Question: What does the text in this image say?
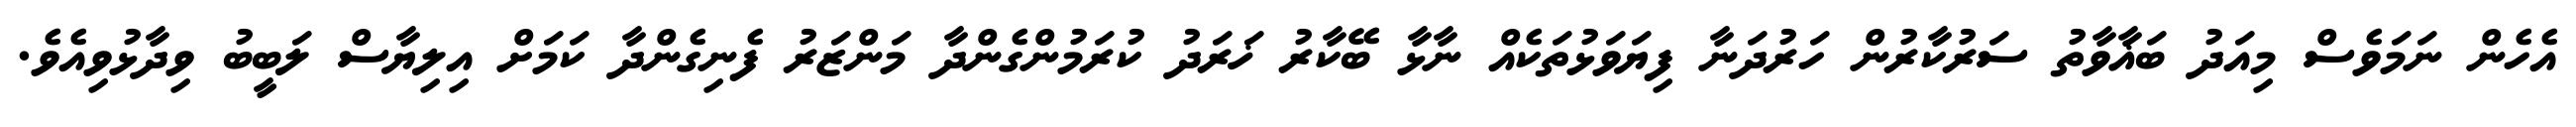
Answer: އެހެން ނަމަވެސް މިއަދު ބަޣާވާތު ސަރުކާރުން ހަރުދަނާ ފިޔަވަޅުތަކެއް ނާޅާ ބޭކާރު ޚަރަދު ކުރަމުންގެންދާ މަންޒަރު ފެނިގެންދާ ކަމަށް އިލިޔާސް ލަބީބު ވިދާޅުވިއެވެ.